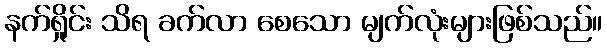
နက်ရှိုင်း သိရ ခက်လာ စေသော မျက်လုံးများဖြစ်သည်။